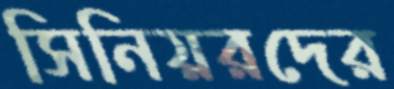
সিনিয়রদের